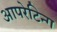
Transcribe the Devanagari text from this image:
आपरेटिन्ग